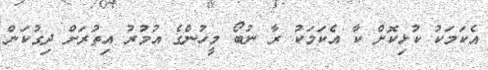
އެކަމަކު ކުޅިކޮށް ކާ އެކަމަކު ރާ ނުބޯ މީހުންގެ އުމުރު އިތުރަށް ދިގުކަން